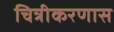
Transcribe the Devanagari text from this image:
चित्रीकरणास